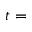
t =